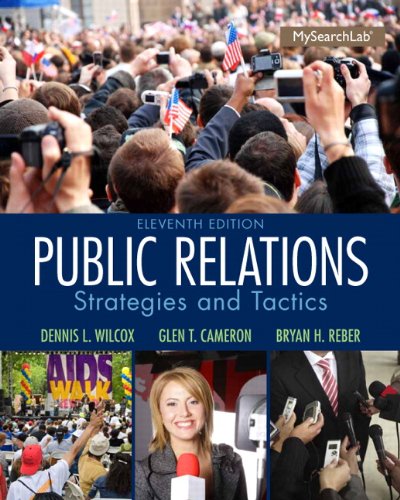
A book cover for Public Relations: Strategies and Tactics (11th Edition); Dennis L. Wilcox; Business & Money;